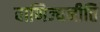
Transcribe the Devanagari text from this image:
वाणिज्यनीति